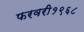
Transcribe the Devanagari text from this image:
फरवरी१९६८